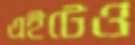
এইটেও